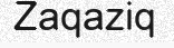
Zaqaziq